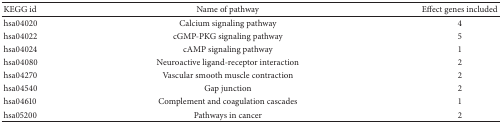
<table><thead><tr><td><b>KEGG id </b></td><td><b>Name of pathway </b></td><td><b>Effect genes included </b></td></tr></thead><tbody><tr><td>hsa04020</td><td>Calcium signaling pathway</td><td>4</td></tr><tr><td>hsa04022</td><td>cGMP-PKG signaling pathway</td><td>5</td></tr><tr><td>hsa04024</td><td>cAMP signaling pathway</td><td>1</td></tr><tr><td>hsa04080</td><td>Neuroactive ligand-receptor interaction</td><td>2</td></tr><tr><td>hsa04270</td><td>Vascular smooth muscle contraction</td><td>2</td></tr><tr><td>hsa04540</td><td>Gap junction</td><td>2</td></tr><tr><td>hsa04610</td><td>Complement and coagulation cascades</td><td>1</td></tr><tr><td>hsa05200</td><td>Pathways in cancer</td><td>2</td></tr></tbody></table>